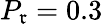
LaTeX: P_{\mathfrak{r}}=0.3